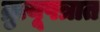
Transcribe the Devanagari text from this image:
म्रुत्यूपत्रात